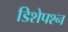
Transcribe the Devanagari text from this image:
डिशेपश्न